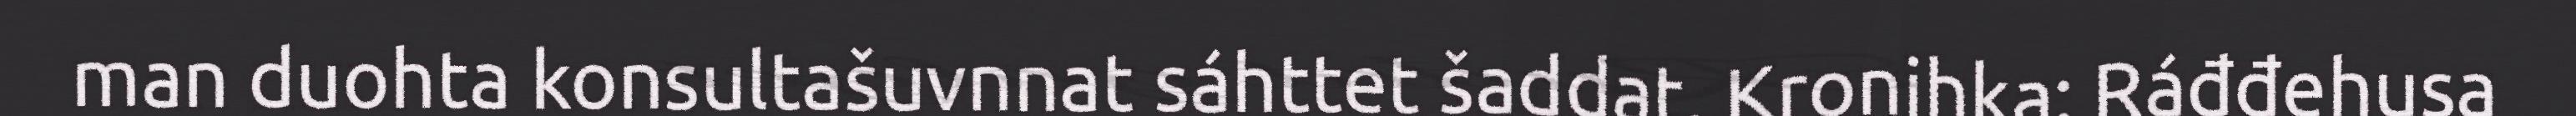
man duohta konsultašuvnnat sáhttet šaddat. Kronihka: Ráđđehusa